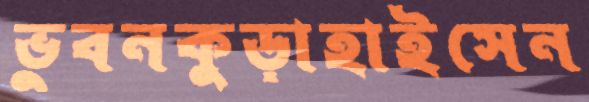
ভুবনকুড়াহাইসেন